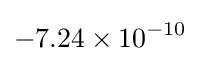
-7.24\times 10^{-10}